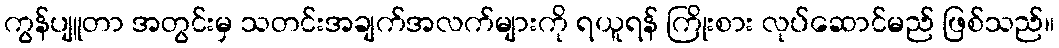
ကွန်ပျူတာ အတွင်းမှ သတင်းအချက်အလက်များကို ရယူရန် ကြိုးစား လုပ်ဆောင်မည် ဖြစ်သည်။